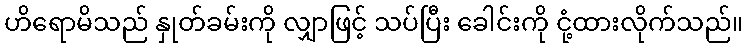
ဟိရောမိသည် နှုတ်ခမ်းကို လျှာဖြင့် သပ်ပြီး ခေါင်းကို ငုံ့ထားလိုက်သည်။